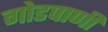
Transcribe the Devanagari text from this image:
गोडपाणी